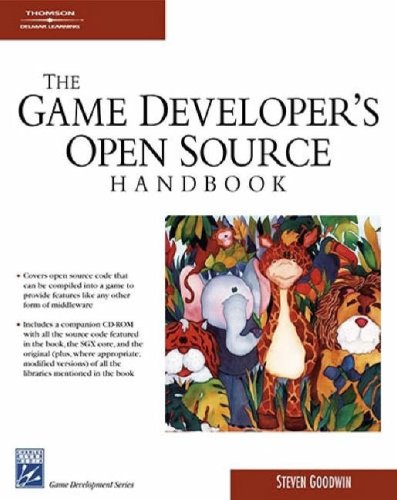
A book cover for Game Developer's Open Source Handbook (Charles River Media Game Development); Steven Goodwin; Computers & Technology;